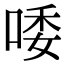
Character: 唩